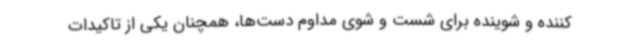
کننده و شوینده برای شست و شوی مداوم دست‌ها، همچنان یکی از تاکیدات